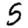
Digit: 5